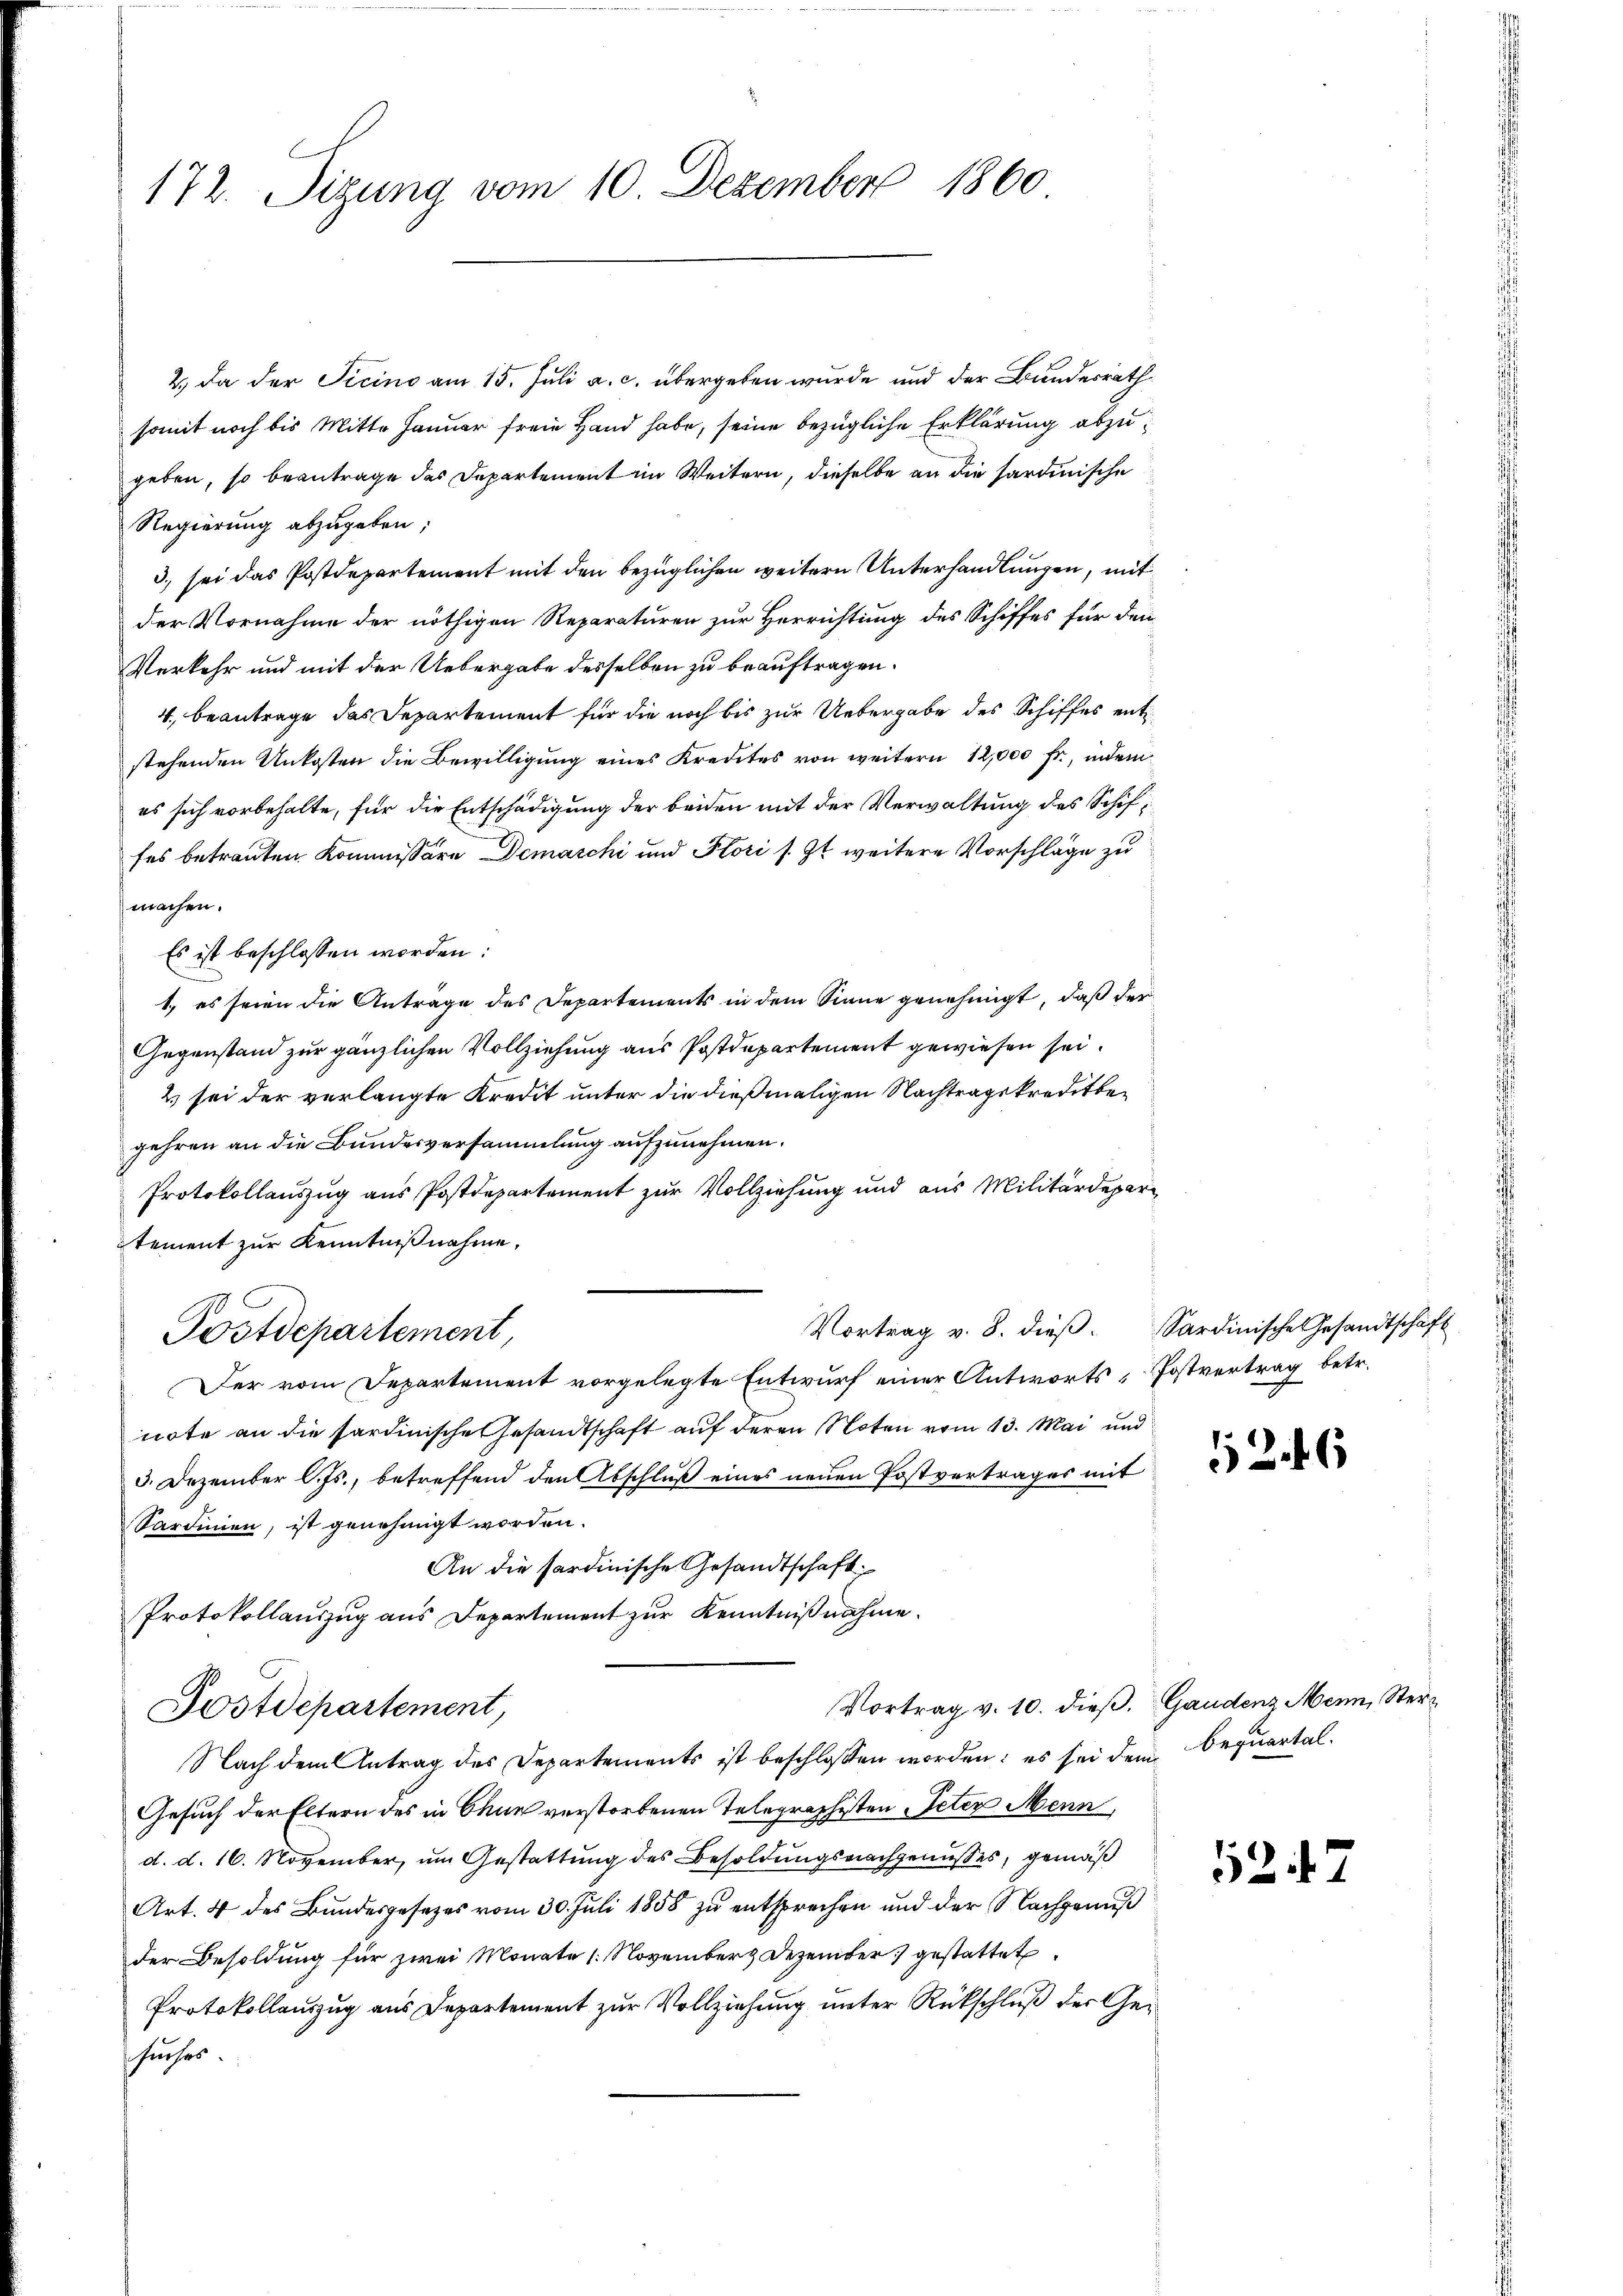
172. Sizung vom 10. Dezember 1860

2.) Da der Sicino am 15. Juli a. c. übergeben wurde und der Bundesrath
somit noch bis Mitte Januar freie Hand habe, seine bezügliche Erklärung abzugeben, so beantrage des Departement im Weitern, dieselbe an die sardinische
Regierung abzugeben;
3. sei das Postdepartement mit den bezüglichen weitern Unterhandlungen, mit
der Vornahme der nöthigen Reparaturen zur Herrichtung des Schiffes für den
Verkehr und mit der Uebergabe desselben zu beauftragen.
4. beantrage das Departement für die noch bis zur Uebergabe des Schiffes entstehenden Unkosten die Bewilligung eines Kredites von weitern 12,000 fr., indem
es sich vorbehalte, für die Entschädigung der beiden mit der Verwaltung des Schiffes betrauten Kommissäre Demarchi und Flori s. Zt. weitere Vorschläge zu
machen.
Es ist beschlossen worden:
1., es seien die Anträge des Departements in dem Sinne genehmigt, daß der
Gegenstand zur gänzlichen Vollziehung aus Postdepartement gewiesen sei.
2 sei der verlangte Kredit unter die dießmaligen Nachtragskreditben
gehren an die Bundesversammlung aufzunehmen.
Protokollauszug aus Postdepartement zur Vollziehung und aus Militärdepartement zur Kenntnißnahme.
Postdepartement,
Der vom Departement vorgelegte Entwurf einer Antworts, Postvertrag betr.
note an die sardinische Gesandtschaft auf deren Noten vom 13. Mai und
3. Dezember l. Js., betreffend den Abschluß eines neuen Postvertrages mit
Sardinien, ist genehmigt worden.
An die Sardinische Gesandtschaft
Protokollauszug aus Departement zur Kenntnißnahme.
Vortrag v. 10. dieβ. Gaudenz Menn, Sterz
Postdepartement,
Nach dem Antrag des Departements ist beschlossen worden; es sei dem bequartal¬
Gesuch der Eltern des in Chur verstorbenen Telegraphisten Peter Menn
d. d. 16. November, um Gestattung des Besoldungsnachgenusses, gemäß
Art. 4 des Bundesgesezes vom 30. Juli 1858 zu entsprechen und der Nachgenuß
der Besoldung für zwei Monate (November & Dezember gestattet
Protokollauszug aus Departement zur Vollziehung unter Rückschluß der Gesuches.

Vortrag v. 8. dieβ. Sardinische Gesandtschaft

526

527